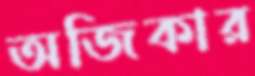
অজিকার